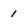
Character: 1